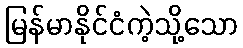
မြန်မာနိုင်ငံကဲ့သို့သော